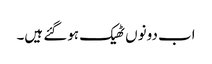
اب دونوں ٹھیک ہوگئے ہیں۔